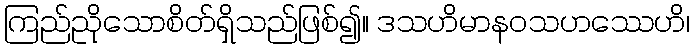
ကြည်ညိုသောစိတ်ရှိသည်ဖြစ်၍။ ဒသဟိမာနဝသဟဿေဟိ၊